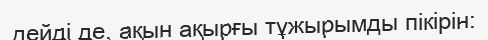
дейді де, ақын ақырғы тұжырымды пікірін: